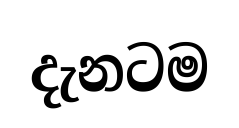
දැනටම